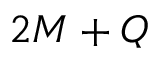
2 M + Q